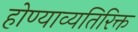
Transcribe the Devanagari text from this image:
होण्याव्यतिरिक्त